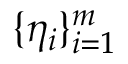
\{ \eta _ { i } \} _ { i = 1 } ^ { m }